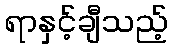
ရာနှင့်ချီသည့်